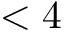
< 4